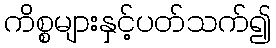
ကိစ္စများနှင့်ပတ်သက်၍